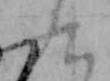
九